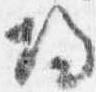
帰